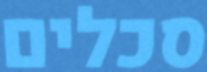
סכלים